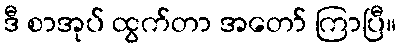
ဒီ စာအုပ် ထွက်တာ အတော် ကြာပြီ။